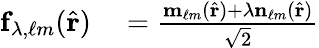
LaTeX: \begin{array}{rl}{\mathbf{f}_{\lambda,\ell m}(\hat{\mathbf{r}})}&{{}=\frac{\mathbf{m}_{\ell m}(\hat{\mathbf{r}})+\lambda\mathbf{n}_{\ell m}(\hat{\mathbf{r}})}{\sqrt{2}}}\end{array}